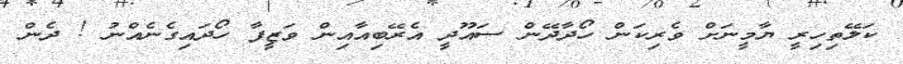
ކަލޭތިހިރީ ޔާމީނަށް ވެރިކަން ހޯދާދޭން ސައޫދީ އެރޭބިއާއިން ވަޒީފާ ހޯދައިގެނެއްނު ! ދެން